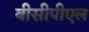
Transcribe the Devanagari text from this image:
बीसीपीएल